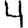
Digit: 4